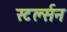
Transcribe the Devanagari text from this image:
स्टर्ल्सन